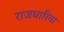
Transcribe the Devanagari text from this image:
राजघारिया